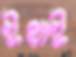
ইথাই